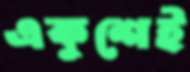
একুশেই